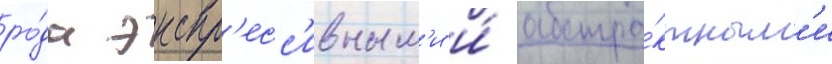
ро́да экспр'есс'ивным'и и́ абстра́ктным'и